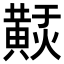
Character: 𪏃